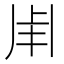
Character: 𤰆